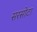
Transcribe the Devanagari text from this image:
सरसोटा